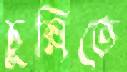
চুল্লিতে